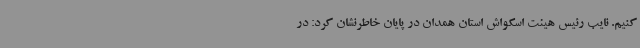
کنیم. نایب رئیس هیئت اسکواش استان همدان در پایان خاطرنشان کرد: در